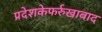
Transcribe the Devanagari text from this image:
प्रदेशकेफर्रुखाबाद